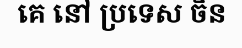
គេ នៅ ប្រទេស ចិន